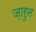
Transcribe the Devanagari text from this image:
ज़ारुन